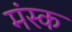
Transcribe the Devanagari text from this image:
मंस्क